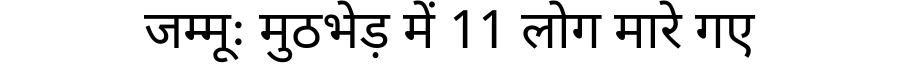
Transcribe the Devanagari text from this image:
जम्मूः मुठभेड़ में 11 लोग मारे गए